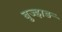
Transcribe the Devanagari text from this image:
बुज्झड़